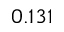
0 . 1 3 1